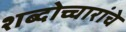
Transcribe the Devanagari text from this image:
शब्दोच्चारांचे